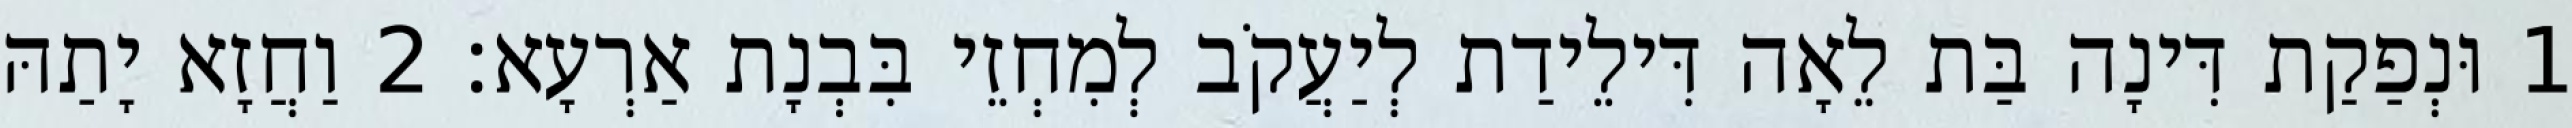
1 וּנְפַקַת דִּינָה בַּת לֵאָה דִּילֵידַת לְיַעֲקֹב לְמִחְזֵי בִּבְנָת אַרְעָא׃ 2 וַחֲזָא יָתַהּ